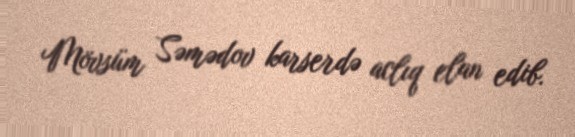
Mövsüm Səmədov karserdə aclıq elan edib.